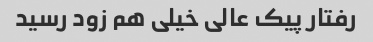
رفتار پیک عالی خیلی هم زود رسید